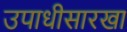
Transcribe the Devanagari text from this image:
उपाधीसारखा